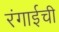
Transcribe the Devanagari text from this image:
रंगाईची